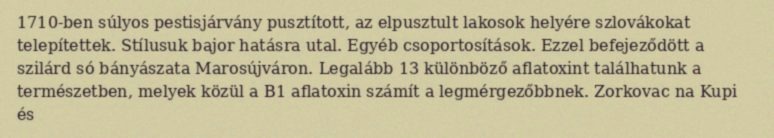
1710-ben súlyos pestisjárvány pusztított, az elpusztult lakosok helyére szlovákokat telepítettek. Stílusuk bajor hatásra utal. Egyéb csoportosítások. Ezzel befejeződött a szilárd só bányászata Marosújváron. Legalább 13 különböző aflatoxint találhatunk a természetben, melyek közül a B1 aflatoxin számít a legmérgezőbbnek. Zorkovac na Kupi és